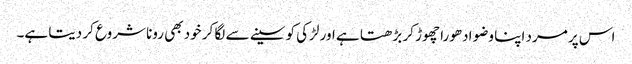
اس پر مرد اپنا وضو ادھورا چھوڑ کر بڑھتا ہے اور لڑکی کو سینے سے لگا کر خود بھی رونا شروع کر دیتا ہے۔